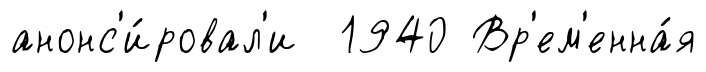
анонс'и́ровал'и 1940 Вр'ем'енна́я